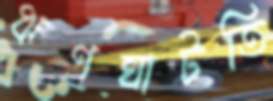
ঋণঘাটতি